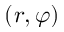
( r , \varphi )